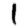
Digit: 1